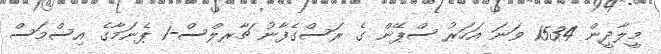
މީލާދީން 1534 ވަނަ އަހަރު ސްޕޭން ގެ ރަސްގެފާނު ޗާރލްސް-1 ޕެނަމާގެ އިސްމަސް